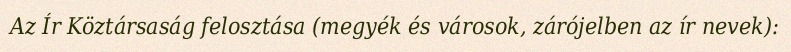
Az Ír Köztársaság felosztása (megyék és városok, zárójelben az ír nevek):